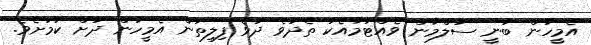
އެމީހުން ބުނީ ސަލްމާން ވެއްޓުމާއެކު ތެދުވެ ދުވެ ފިލިތަން އެމީހުން ދުށް ކަމަށެވެ.